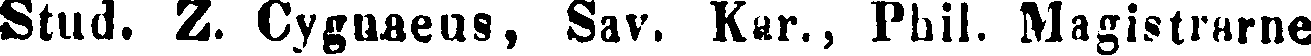
Stud. Z. Cygnaeus, Sav. Kur., Fhil. Magistrarne